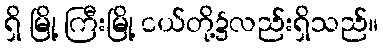
ရှိ မြို့ ကြီးမြို့ ငယ်တို့၌လည်းရှိသည်။